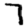
Digit: 7